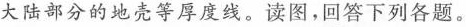
大陆部分的地壳等厚度线。读图，回答下列各题。